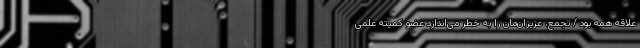
علاقه همه بود / تجمع، عزیزان‌مان را به خطر می‌اندازد عضو کمیته علمی